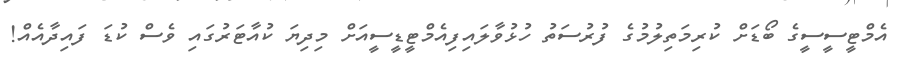
އެމްޓީސީސީގެ ބޯޑަށް ކުރިމަތިލުމުގެ ފުރުސަތު ހުޅުވާލައިފިއެމްޓީޑީސީއަށް މިދިޔަ ކުއާޓަރުގައި ވެސް ކުޑަ ފައިދާއެއް!